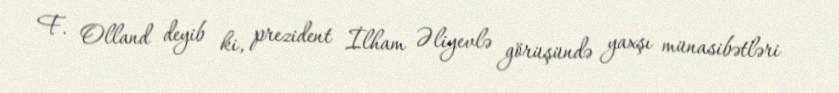
F. Olland deyib ki, prezident İlham Əliyevlə görüşündə yaxşı münasibətləri